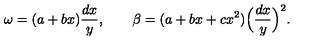
\omega = ( a + b x ) \frac { d x } { y } , \qquad \beta = ( a + b x + c x ^ { 2 } ) \Big ( \frac { d x } { y } \Big ) ^ { 2 } .